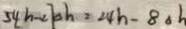
5 4 h - c k h = 2 4 h - 8 \Delta h